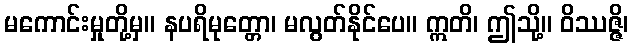
မကောင်းမှုတို့မှ။ နပရိမုတ္တော၊ မလွတ်နိုင်ပေ။ ဣတိ၊ ဤသို့။ ဝိဿဇ္ဇိ၊